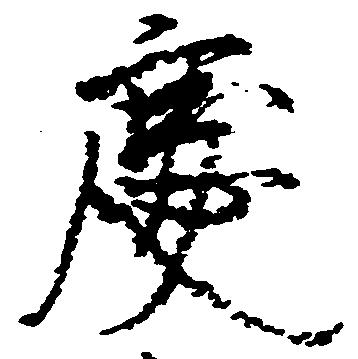
慶